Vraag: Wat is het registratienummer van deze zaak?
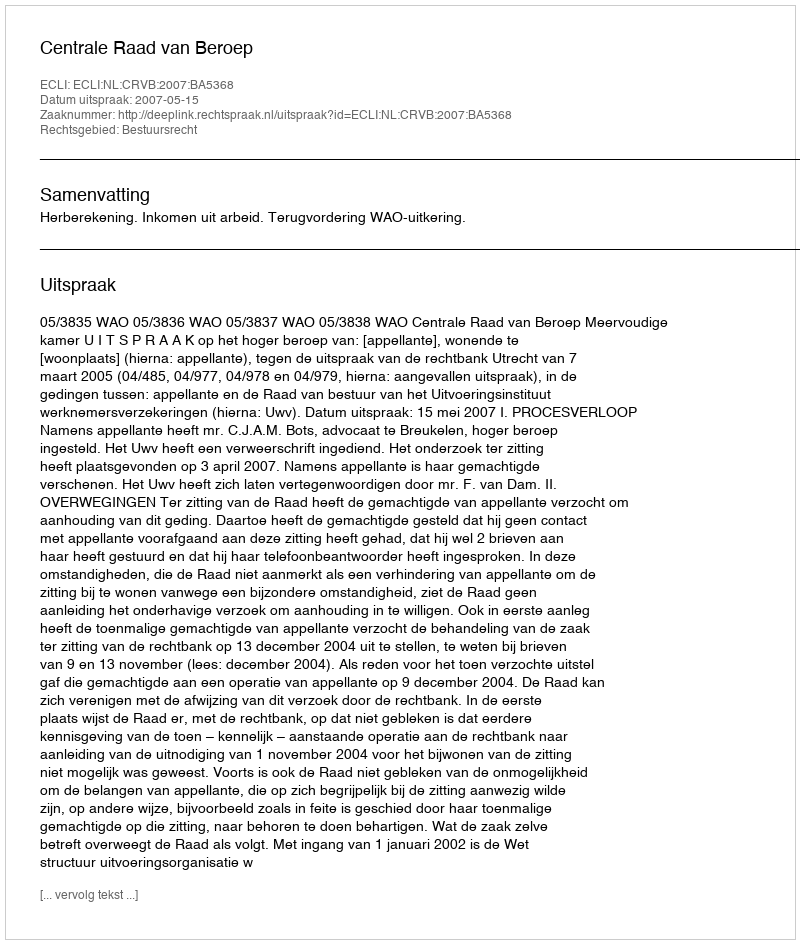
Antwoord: http://deeplink.rechtspraak.nl/uitspraak?id=ECLI:NL:CRVB:2007:BA5368